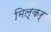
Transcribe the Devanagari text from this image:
मिल्कर्